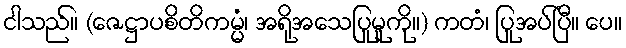
ငါသည်။ (ဇေဋ္ဌာပစိတိကမ္မံ၊ အရိုအသေပြုမူကို။) ကတံ၊ ပြုအပ်ပြီ။ ပေ။